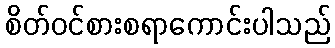
စိတ်ဝင်စားစရာကောင်းပါသည်